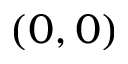
( 0 , 0 )